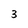
Character: 3